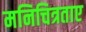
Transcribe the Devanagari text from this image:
मनिचित्रताए